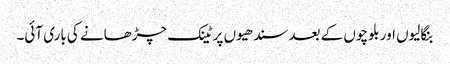
بنگالیوں اور بلوچوں کے بعد سندھیوں پر ٹینک چڑھانے کی باری آئی۔